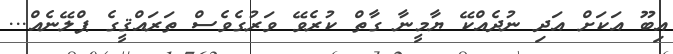
އިބޫ އަކަށް އަދި ނުދެއްކޭ ޔާމީނާ ގާތް ކުރެވޭ ވަރުގެެވެސް ތަރައްޤީގެ ޕްލޭނެއް...